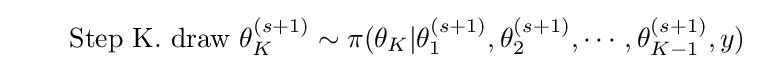
\quad \quad {\text{Step K.     draw}}\,\,\theta _{K}^{(s+1)}\sim \pi (\theta _{K}|\theta _{1}^{(s+1)},\theta _{2}^{(s+1)},\cdots ,\theta _{K-1}^{(s+1)},y)